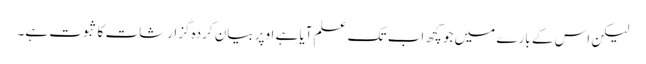
لیکن اس کے بارے میں جو کچھ اب تک علم آیا ہے اوپر بیان کردہ گزارشات کا ثبوت ہے۔